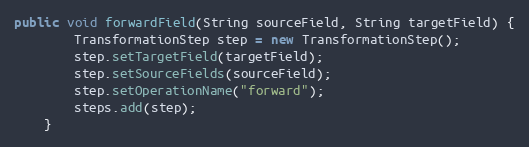
Language: Java
public void forwardField(String sourceField, String targetField) {
        TransformationStep step = new TransformationStep();
        step.setTargetField(targetField);
        step.setSourceFields(sourceField);
        step.setOperationName("forward");
        steps.add(step);
    }